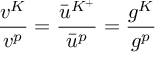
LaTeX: \frac { v ^ { K } } { v ^ { p } } = \frac { \bar { u } ^ { K ^ { + } } } { \bar { u } ^ { p } } = \frac { g ^ { K } } { g ^ { p } }